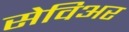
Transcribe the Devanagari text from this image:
सेविअर